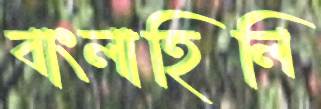
বাংলাহিলি